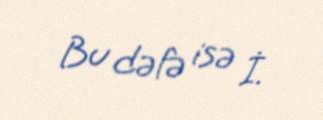
Bu dəfə isə İ.